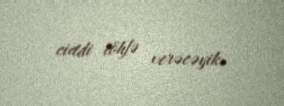
ciddi töhfə verəcəyik.